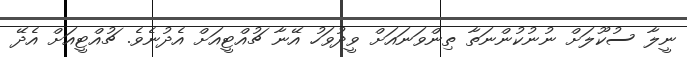
ނީލާ ސުކޫލަށް ނުނުކުންނަތާ ތިންވަނައަށް ވީދުވަހު އޭނާ ޗުއްޓީއަށް އެދުނެވެ. ޗުއްޓީއަށް އެދޭ